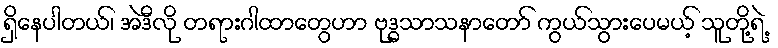
ရှိနေပါတယ်၊ အဲဒီလို တရားဂါထာတွေဟာ ဗုဒ္ဓသာသနာတော် ကွယ်သွားပေမယ့် သူတို့ရဲ့